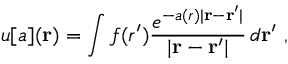
u [ a ] ( \mathbf { r } ) = \int f ( r ^ { \prime } ) \frac { e ^ { - a ( r ) | \mathbf { r } - \mathbf { r } ^ { \prime } | } } { | \mathbf { r } - \mathbf { r } ^ { \prime } | } \, d \mathbf { r } ^ { \prime } \ ,